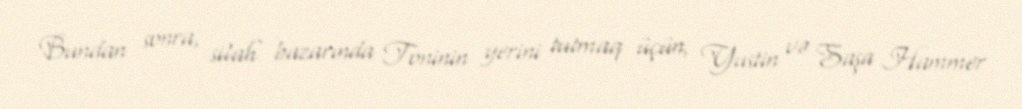
Bundan sonra, silah bazarında Toninin yerini tutmaq üçün, Yustin və Saşa Hammer